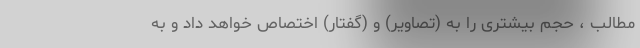
مطالب ، حجم بیشتری را به (تصاویر) و (گفتار) اختصاص خواهد داد و به